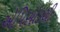
એપિસોડથી